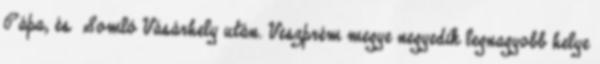
Pápa, és Somló Vásárhely után. Veszprém megye negyedik legnagyobb helye